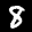
Label: 8